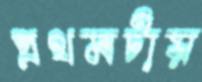
প্রথমটায়